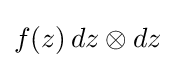
f(z)\,dz\otimes dz